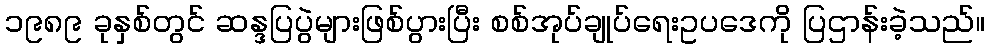
၁၉၈၉ ခုနှစ်တွင် ဆန္ဒပြပွဲများဖြစ်ပွားပြီး စစ်အုပ်ချုပ်ရေးဥပဒေကို ပြဌာန်းခဲ့သည်။